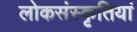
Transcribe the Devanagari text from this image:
लोकसंस्कृतियां